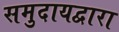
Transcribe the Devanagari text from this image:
समुदायद्वारा